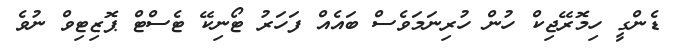
ޑެންގީ ހިމޮރޭޖިކް ހުން ހުރިނަމަވެސް ބައެއް ފަހަރު ޓޯނިކޭ ޓެސްޓް ޕޮޒިޓިވް ނުވެ